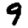
Digit: 9